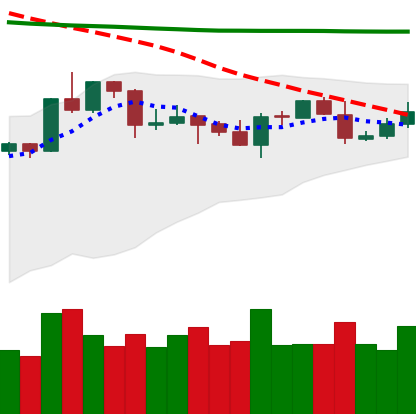
Ticker: XRP-USD
Chart end date: 2020-04-23
Forward return: 12.4%
Label: up_7plus